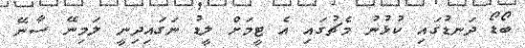
ބޯޑޯ ދަނޑުގައި ކުޅުނު މެޗުގައި އެ ޓީމަށް ލީޑު ނަގައިދިނީ ލަމިނޭ ސާނޭ